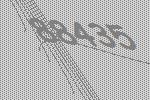
88435